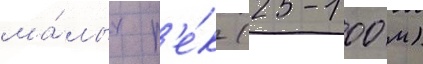
ма́лых р'е́к (25-100 м)